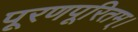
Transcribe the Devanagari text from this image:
पूरणपूरितम्।